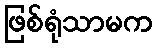
ဖြစ်ရုံသာမက